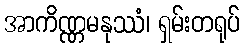
အာကိဏ္ဏမနုဿံ၊ ရှမ်းတရုပ်